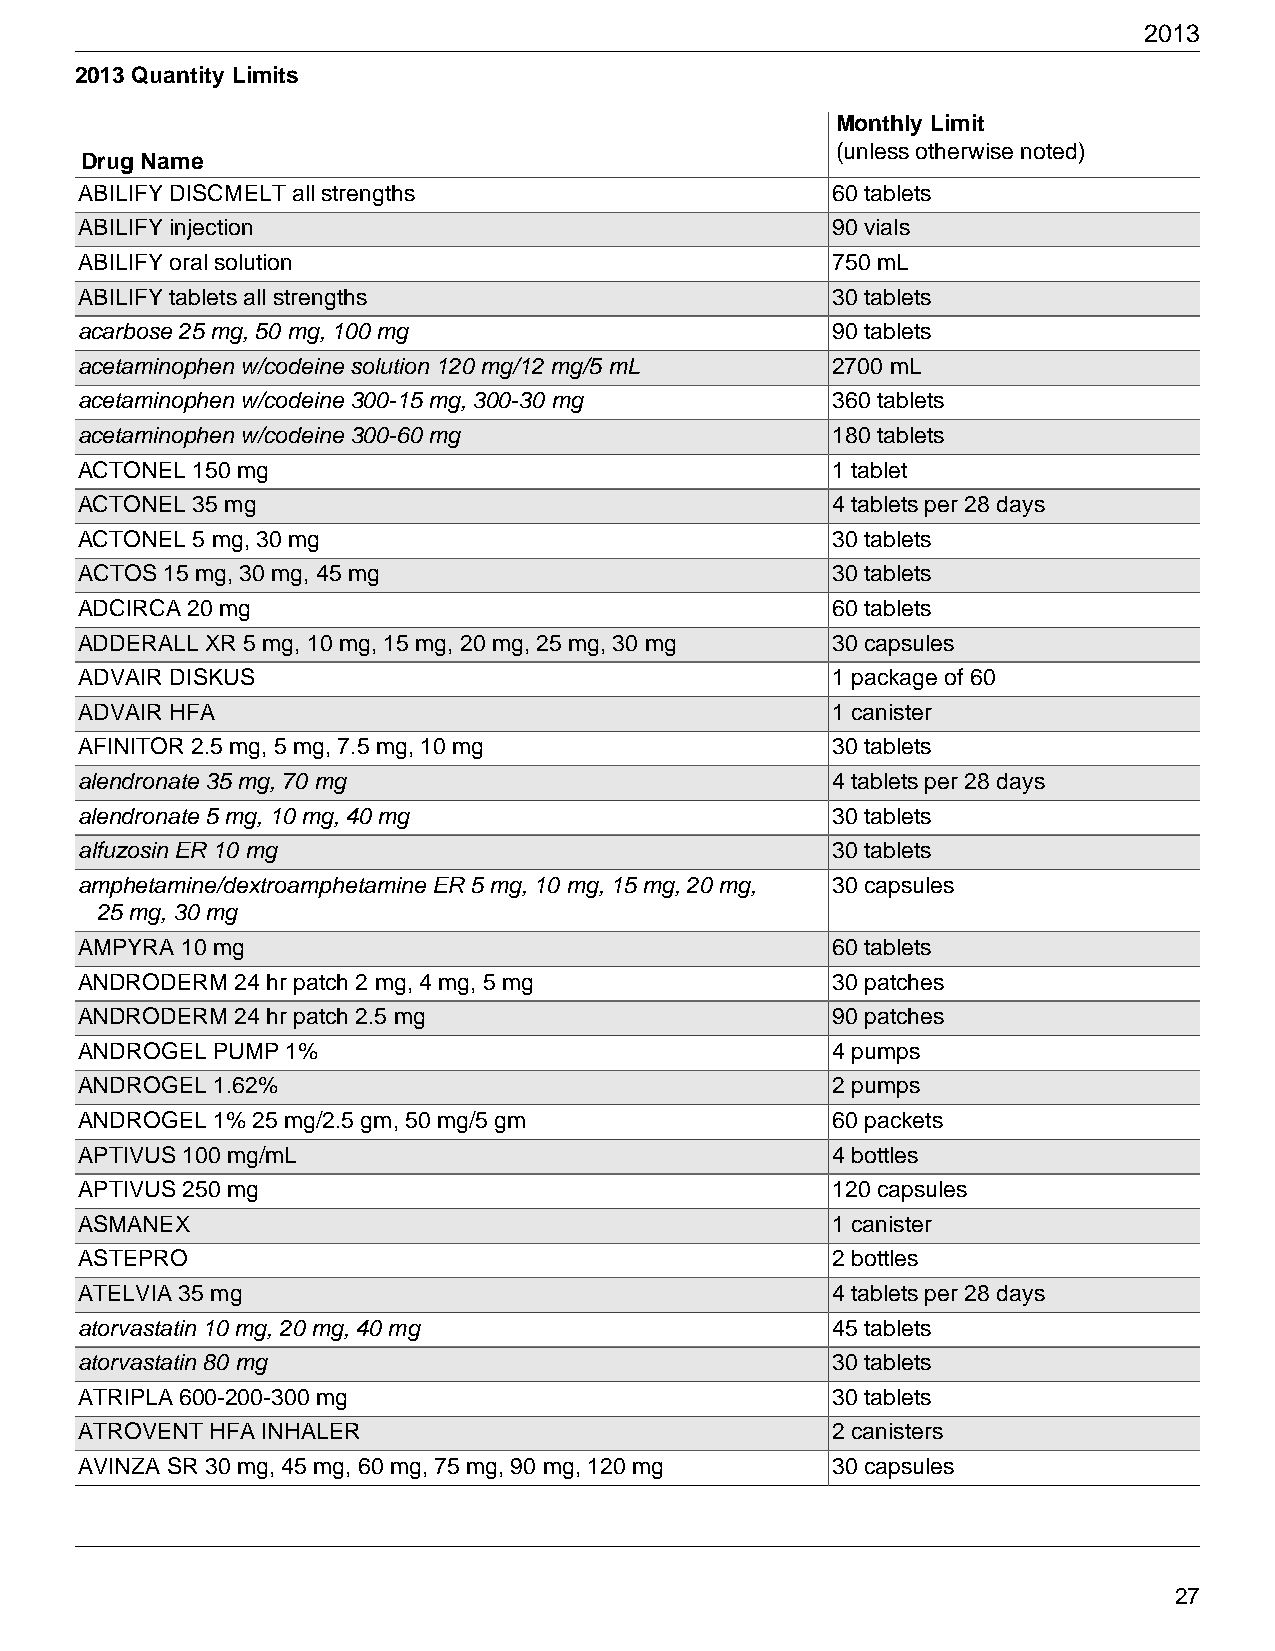
2013
 2013 Quantity Limits
 Monthly Limit
 (unless otherwise noted)
 Drug Name
 ABILIFY DISCMELT all strengths                    60 tablets
 ABILIFY injection                                 90 vials
 ABILIFY oral solution                             750 mL
 ABILIFY tablets all strengths                     30 tablets
 acarbose 25 mg, 50 mg, 100 mg                     90 tablets
 acetaminophen w/codeine solution 120 mg/12 mg/5 mL 2700 mL
 acetaminophen w/codeine 300-15 mg, 300-30 mg      360 tablets
 acetaminophen w/codeine 300-60 mg                 180 tablets
 ACTONEL 150 mg                                    1 tablet
 ACTONEL 35 mg                                     4 tablets per 28 days
 ACTONEL 5 mg, 30 mg                               30 tablets
 ACTOS 15 mg, 30 mg, 45 mg                         30 tablets
 ADCIRCA 20 mg                                     60 tablets
 ADDERALL XR 5 mg, 10 mg, 15 mg, 20 mg, 25 mg, 30 mg 30 capsules
 ADVAIR DISKUS                                     1 package of 60
 ADVAIR HFA                                        1 canister
 AFINITOR 2.5 mg, 5 mg, 7.5 mg, 10 mg              30 tablets
 alendronate 35 mg, 70 mg                          4 tablets per 28 days
 alendronate 5 mg, 10 mg, 40 mg                    30 tablets
 alfuzosin ER 10 mg                                30 tablets
 amphetamine/dextroamphetamine ER 5 mg, 10 mg, 15 mg, 20 mg, 30 capsules
 25 mg, 30 mg
 AMPYRA 10 mg                                      60 tablets
 ANDRODERM  24 hr patch 2 mg, 4 mg, 5 mg           30 patches
 ANDRODERM  24 hr patch 2.5 mg                     90 patches
 ANDROGEL PUMP 1%                                  4 pumps
 ANDROGEL 1.62%                                    2 pumps
 ANDROGEL 1% 25 mg/2.5 gm, 50 mg/5 gm              60 packets
 APTIVUS 100 mg/mL                                 4 bottles
 APTIVUS 250 mg                                    120 capsules
 ASMANEX                                           1 canister
 ASTEPRO                                           2 bottles
 ATELVIA 35 mg                                     4 tablets per 28 days
 atorvastatin 10 mg, 20 mg, 40 mg                  45 tablets
 atorvastatin 80 mg                                30 tablets
 ATRIPLA 600-200-300 mg                            30 tablets
 ATROVENT HFA INHALER                              2 canisters
 AVINZA SR 30 mg, 45 mg, 60 mg, 75 mg, 90 mg, 120 mg 30 capsules
 27